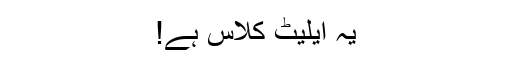
یہ ایلیٹ کلاس ہے!